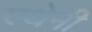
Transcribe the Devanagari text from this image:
एथेनी